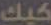
كيك